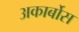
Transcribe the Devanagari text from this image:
अकार्बोस